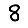
Digit: 8